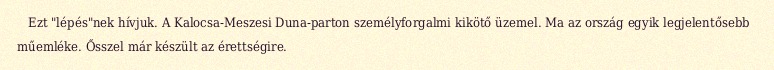
Ezt "lépés"nek hívjuk. A Kalocsa-Meszesi Duna-parton személyforgalmi kikötő üzemel. Ma az ország egyik legjelentősebb műemléke. Ősszel már készült az érettségire.